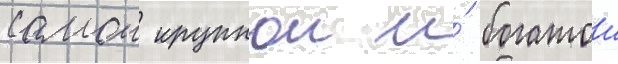
самои крупнои и́ богатои